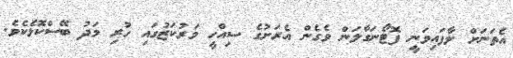
އެތަނަށް ލާފައިވަނީ ފޮޓޯނަގާލަން ވެގެން އެރަށުގެ ސިއްހީ މަރުކަޒުގައި ހުރި މަދު ބޭސްކޮޅެކެވެ.